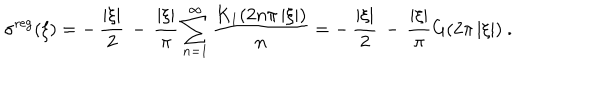
LaTeX: \sigma ^ { \mathrm { r e g } } ( \xi ) = - \, { \frac { | \xi | } { 2 } } \, - \, { \frac { | \xi | } { \pi } } \sum _ { n = 1 } ^ { \infty } { \frac { K _ { 1 } ( 2 n \pi \, | \xi | ) } { n } } = - \, { \frac { | \xi | } { 2 } } \, - \, { \frac { | \xi | } { \pi } } G ( 2 \pi \, | \xi | ) \ .